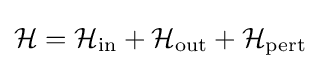
{\mathcal {H}}={\mathcal {H}}_{\rm {in}}+{\mathcal {H}}_{\rm {out}}+{\mathcal {H}}_{\rm {pert}}